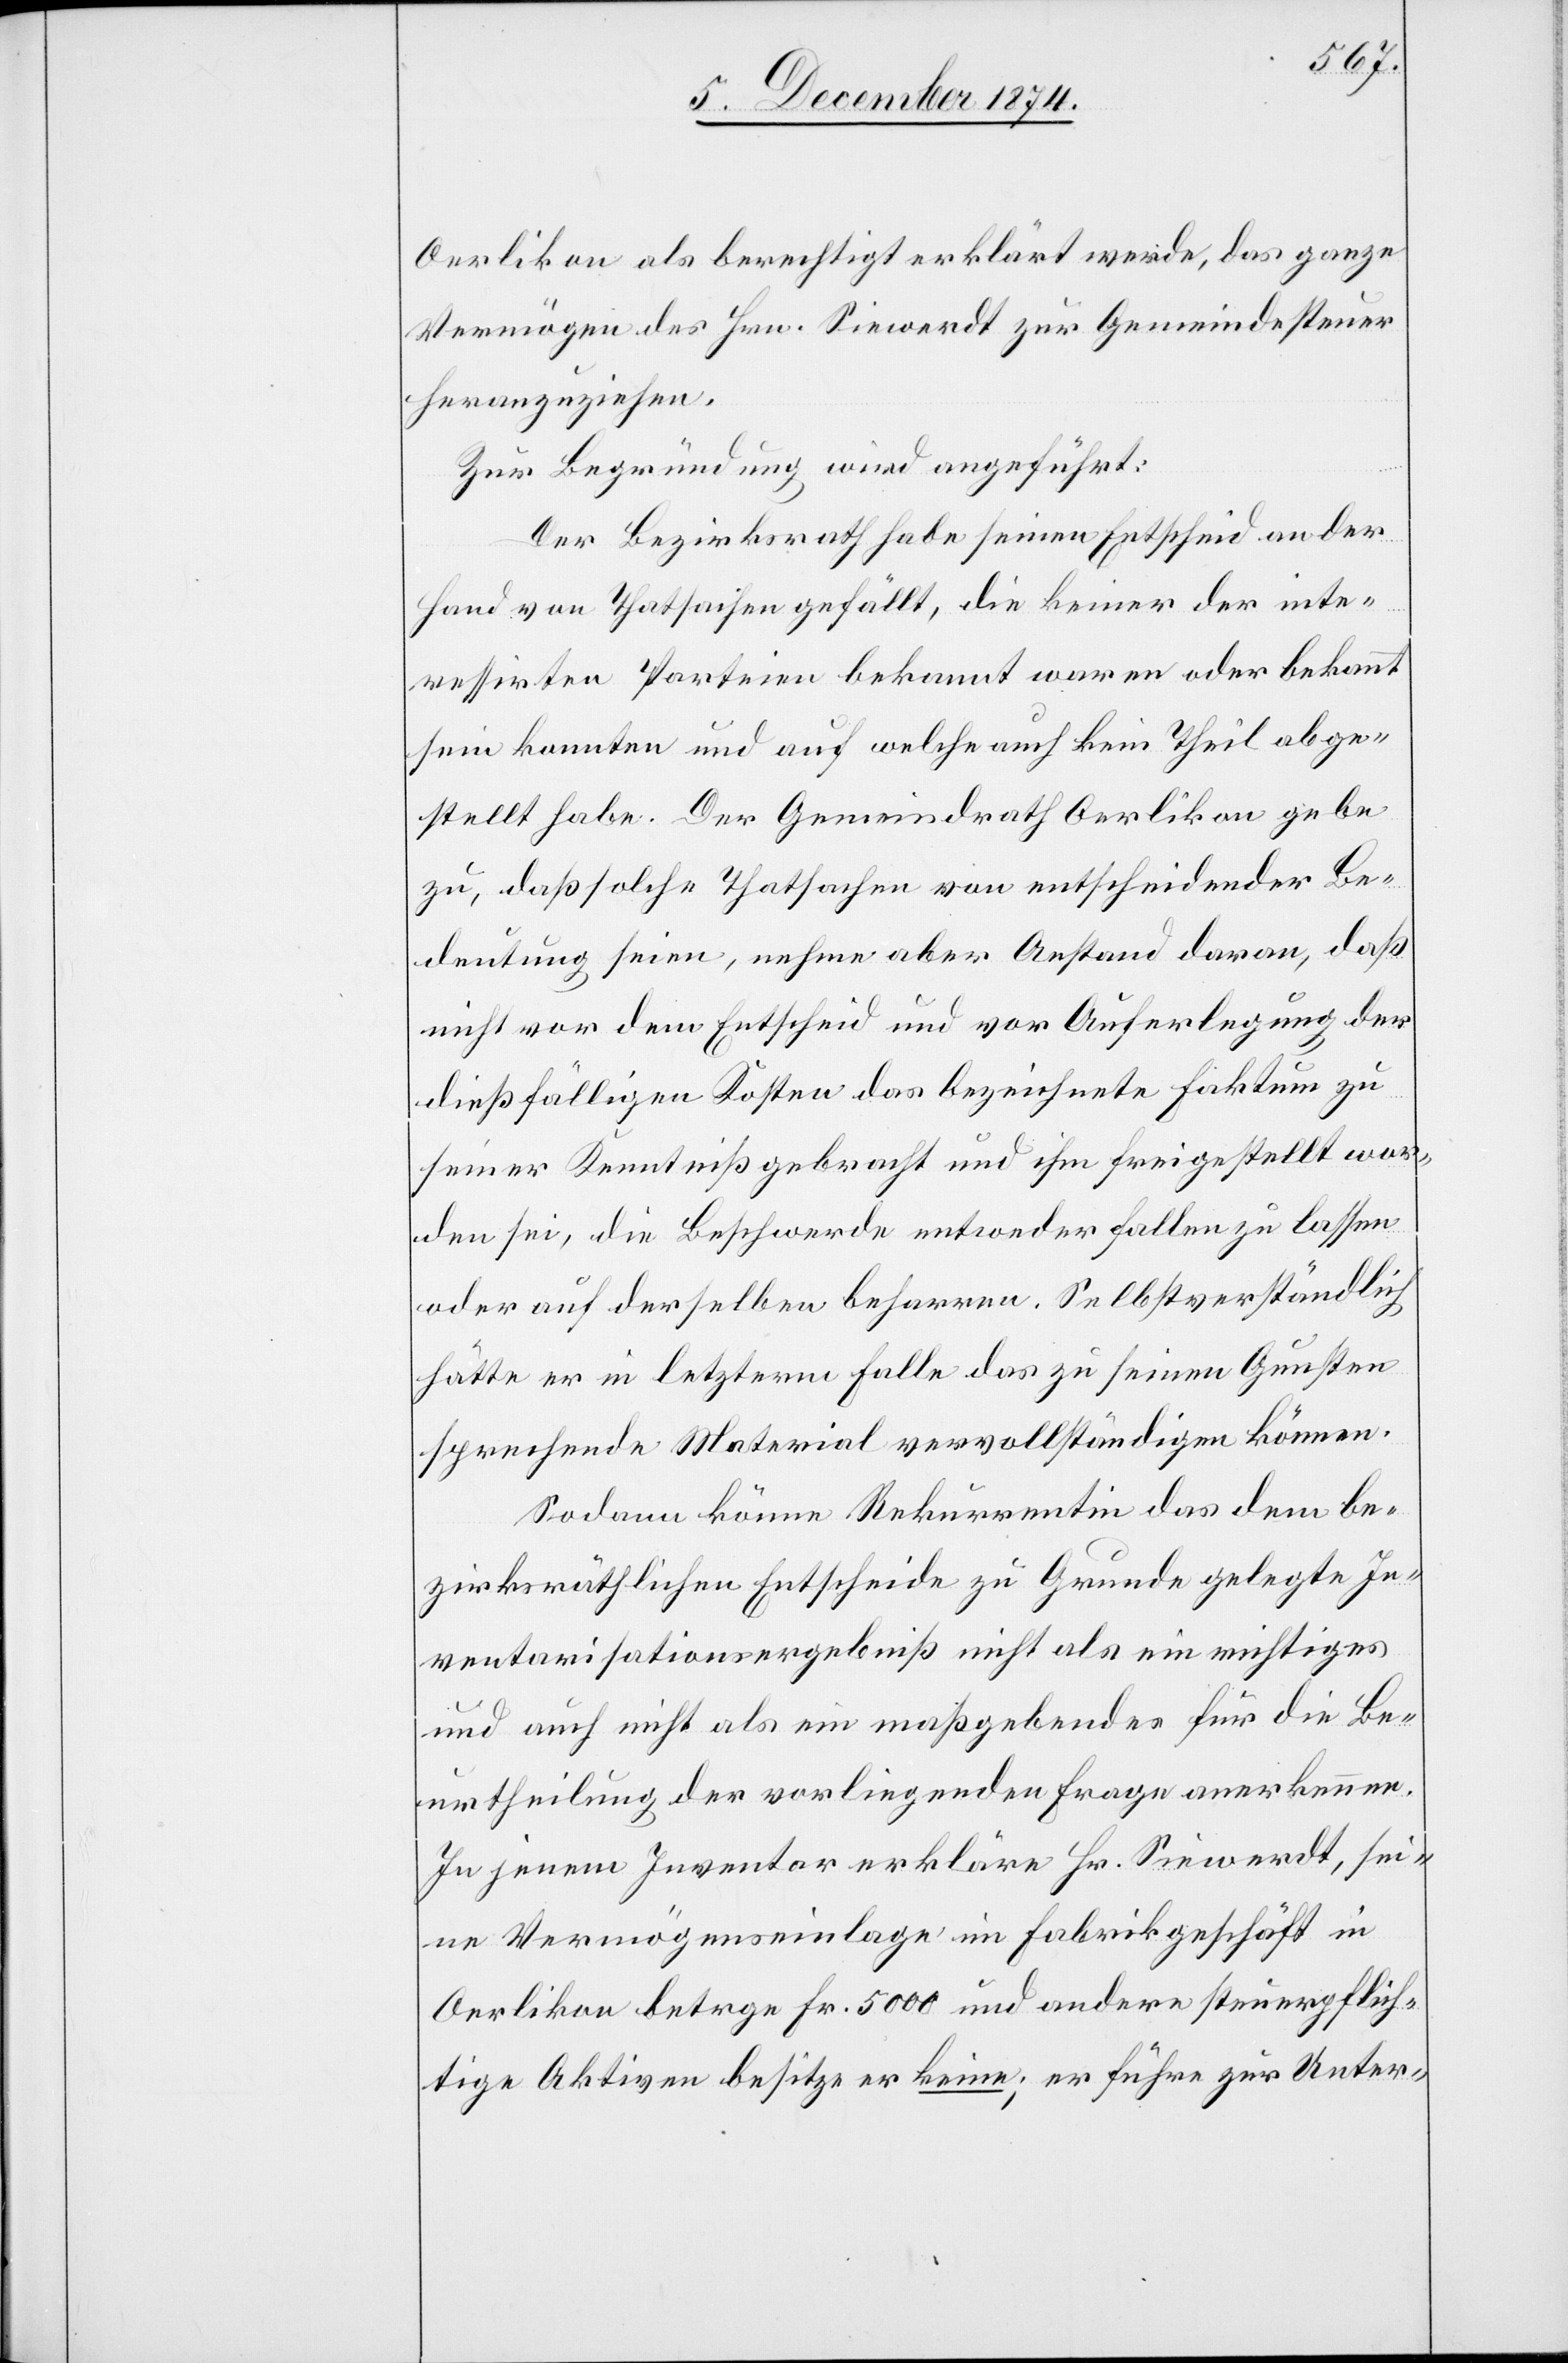
Oerlikon als berechtigt erklärt werde, das ganze
Vermögen des Hrn. Siewerdt zur Gemeindesteuer
heranzuziehen.
Zur Begründung wird angeführt:
Der Bezirksrath habe seinen Entscheid an der
Hand von Thatsachen gefällt, die keiner der inte¬
ressirten Parteien bekannt waren oder bekannt
sein konnten und auf welche auch kein Theil abge¬
stellt habe. Der Gemeindrath Oerlikon gebe
zu, daß solche Thatsachen von entscheidender Be¬
deutung seien, nehme aber Anstand daran, daß
nicht vor dem Entscheid und vor Auferlegung der
dießfälligen Kosten das bezeichnete Faktum zu
seiner Kenntniß gebracht und ihm freigestellt wor¬
den sei, die Beschwerde entweder fallen zu lassen
oder auf derselben [zu] beharren. Selbstverständlich
hätte er in letzerm Falle das zu seinen Gunsten
sprechende Material vervollständigen können.
Sodann könne Rekurrentin das dem be¬
zirksräthlichen Entscheide zu Grunde gelegte In¬
ventarisationsergebniß nicht als ein richtiges
und auch nicht als ein maßgebendes für die Be¬
urtheilung der vorligenden Frage anerkennen.
In jenem Inventar erkläre Hr. Siewerdt, sei¬
ne Vermögenseinlage im Fabrikgeschäft in
Oerlikon betr[a]ge Fr. 5000 und andere steuerpflich¬
tige Aktiven besitze er keine; er führe zur Unter-